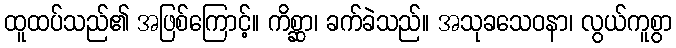
ထူထပ်သည်၏ အဖြစ်ကြောင့်။ ကိစ္ဆာ၊ ခက်ခဲသည်။ အသုခသေဝနာ၊ လွယ်ကူစွာ